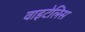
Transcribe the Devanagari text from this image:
वाइटेलिस